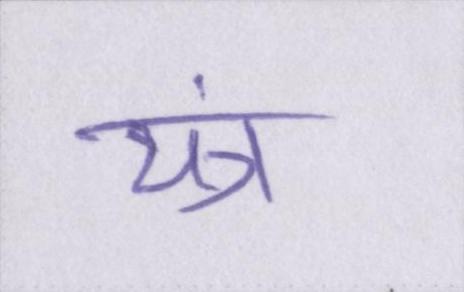
यंत्र